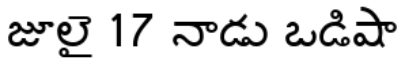
జూలై 17 నాడు ఒడిషా